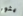
يثور